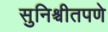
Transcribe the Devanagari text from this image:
सुनिश्चीतपणे